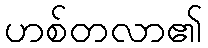
ဟစ်တလာ၏